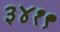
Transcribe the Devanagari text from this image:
३४१९